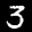
Label: 3